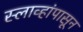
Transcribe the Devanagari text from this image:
स्लाव्हांपासून